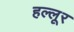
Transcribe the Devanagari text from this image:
हल्लूर